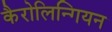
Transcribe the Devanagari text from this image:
कैरोलिन्गियन